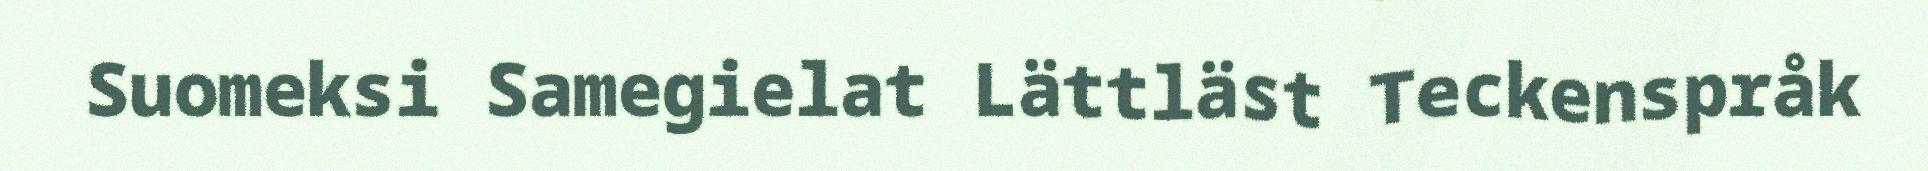
Suomeksi Samegielat Lättläst Teckenspråk